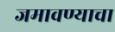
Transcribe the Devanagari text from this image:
जमावण्याचा